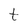
Character: t